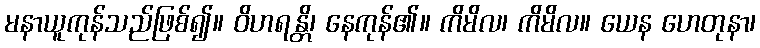
မနာယူကုန်သည်ဖြစ်၍။ ဝိဟရန္တိ၊ နေကုန်၏။ ကိမိလ၊ ကိမိလ။ ယေန ဟေတုနာ၊